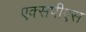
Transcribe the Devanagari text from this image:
एक्सपीएस